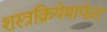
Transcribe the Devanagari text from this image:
शस्त्रक्रियेमार्फत